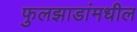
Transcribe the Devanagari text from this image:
फुलझाडांमधील